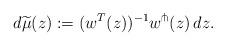
LaTeX: \begin{align*}d\widetilde\mu(z):= (w^T(z))^{-1}w^{\pitchfork}(z)\, dz.\end{align*}